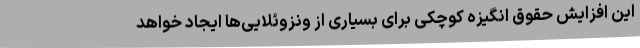
این افزایش حقوق انگیزه کوچکی برای بسیاری از ونزوئلایی‌ها ایجاد خواهد